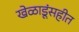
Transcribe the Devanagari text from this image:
खेळाडूंसहीत